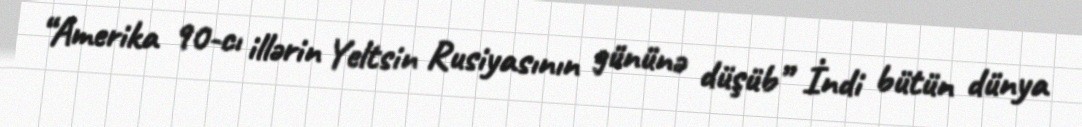
“Amerika 90-cı illərin Yeltsin Rusiyasının gününə düşüb” İndi bütün dünya